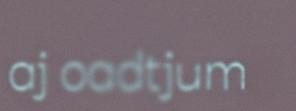
aj oadtjum